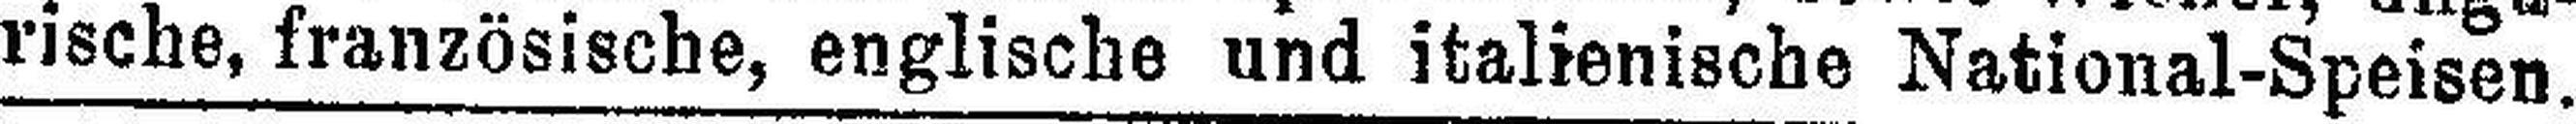
rische, französische, englische und italienische National-Speisen.